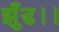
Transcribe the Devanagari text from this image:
झुँड।।